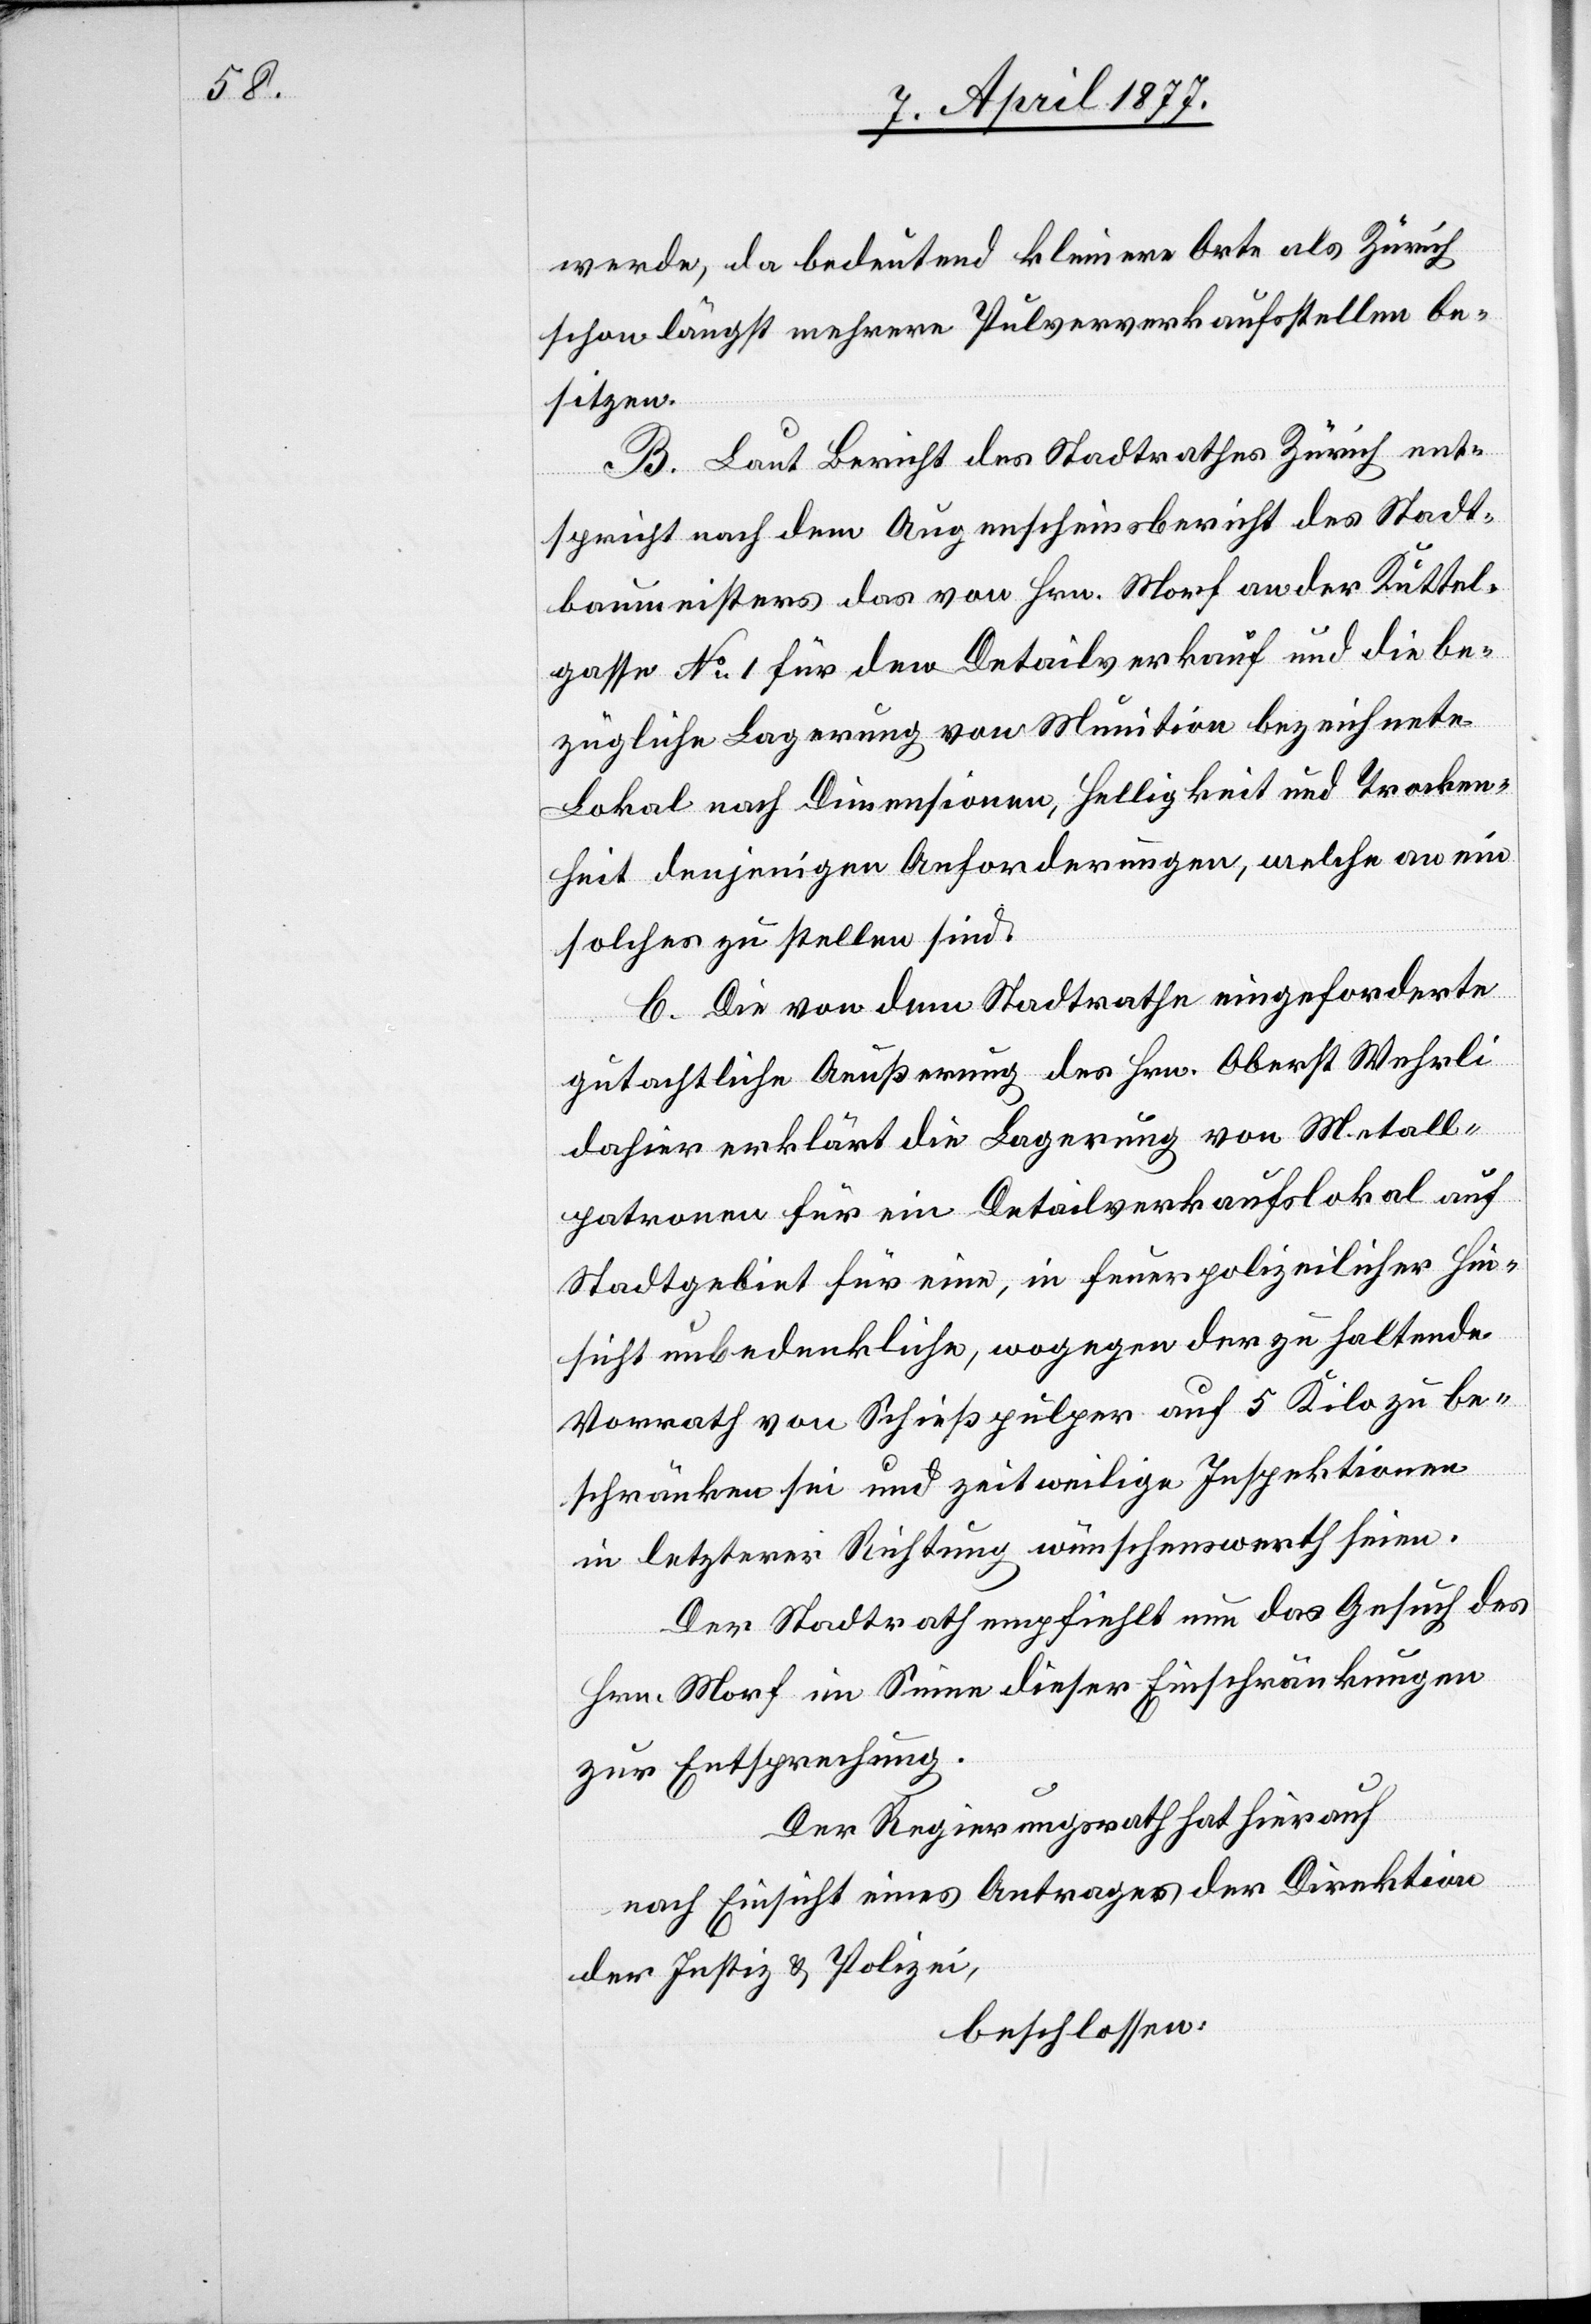
werde, da bedeutend kleinere Orte als Zürich
schon längst mehrere Pulververkaufsstellen be¬
sitzen.
B. Laut Bericht des Stadtrathes Zürich ent¬
spricht nach dem Augenscheinsbericht des Stadt¬
baumeisters das von Hrn. Morf an der Kuttel¬
gasse No 1 für den Detailverkauf und die be¬
zügliche Lagerung von Munition bezeichnete
Lokal nach Dimensionen, Helligkeit und Trocken¬
heit denjenigen Anforderungen, welche an ein
solches zu stellen sind.
C. Die von dem Stadtrathe eingeforderte
gutachtliche Aeußerung des Hrn. Oberst Wehrli
dahier erklärt die Lagerung von Metall¬
patronen für ein Detailverkaufslokal auf
Stadtgebiet für eine, in feuerpolizeilicher Hin¬
sicht unbedenkliche, wogegen der zu haltende
Vorrath von Schießpulver auf 5 Kilo zu be¬
schränken sei und zeitweilige Inspektionen
in letzterer Richtung wünschenswerth seien.
Der Stadtrath empfiehlt nun das Gesuch des
Hrn. Morf im Sinne dieser Einschränkungen
zur Entsprechung.
Der Regierungsrath hat hierauf,
nach Einsicht eines Antrages der Direktion
der Justiz & Polizei,
beschlossen: